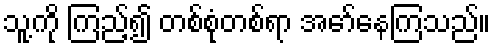
သူ့ကို ကြည့်၍ တစ်စုံတစ်ရာ အော်နေကြသည်။